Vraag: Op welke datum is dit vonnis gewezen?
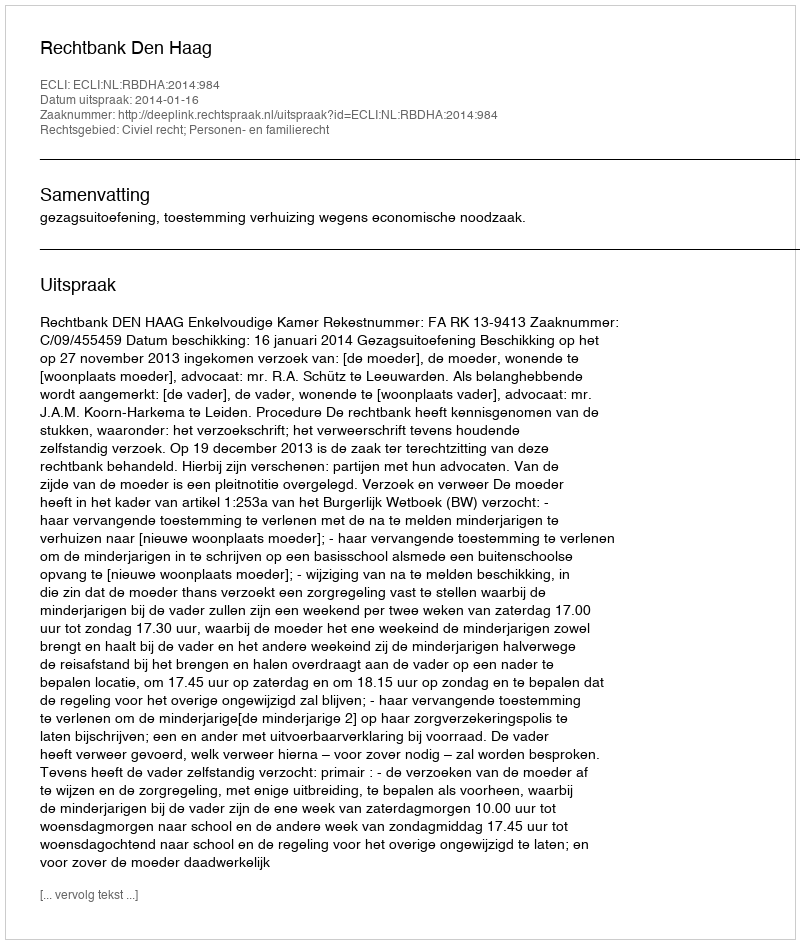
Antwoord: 2014-01-16